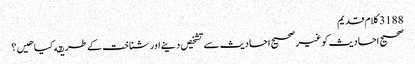
3188 کلام قدیم
صحیح احادیث کو غیر صحیح احادیث سے تشخیص دینے اور شناخت کے طریقه کیا هیں؟